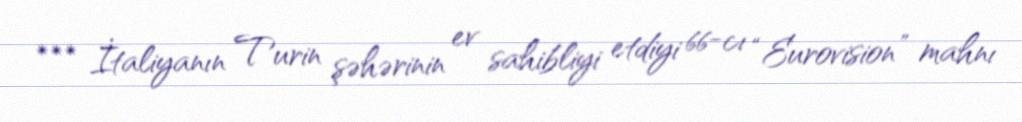
*** İtaliyanın Turin şəhərinin ev sahibliyi etdiyi 66-cı “Eurovision” mahnı